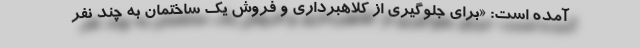
آمده است: «برای جلوگیری از کلاهبرداری و فروش یک ساختمان به چند نفر